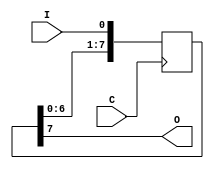
// This program was cloned from: https://github.com/chipsalliance/yosys-f4pga-plugins
// License: Apache License 2.0

// Copyright 2020-2022 F4PGA Authors
//
// Licensed under the Apache License, Version 2.0 (the "License");
// you may not use this file except in compliance with the License.
// You may obtain a copy of the License at
//
//     http://www.apache.org/licenses/LICENSE-2.0
//
// Unless required by applicable law or agreed to in writing, software
// distributed under the License is distributed on an "AS IS" BASIS,
// WITHOUT WARRANTIES OR CONDITIONS OF ANY KIND, either express or implied.
// See the License for the specific language governing permissions and
// limitations under the License.
//
// SPDX-License-Identifier: Apache-2.0

module top (
    input  wire I,
    input  wire C,
    output wire O
);

  reg [7:0] shift_register;

  always @(posedge C) shift_register <= {shift_register[6:0], I};

  assign O = shift_register[7];

endmodule